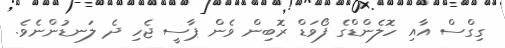
ގިގްސް އާއި ހޮލެންޑްގެ ފޯވަޑް ރޮބިން ވެން ޕާސީ ޖެހި ދެ ލަނޑުންނެވެ.